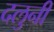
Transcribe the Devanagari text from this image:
दलुनी